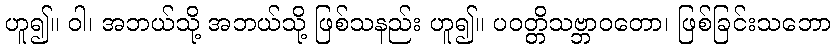
ဟူ၍။ ဝါ၊ အဘယ်သို့ အဘယ်သို့ ဖြစ်သနည်း ဟူ၍။ ပဝတ္တိသဗ္ဘာဝတော၊ ဖြစ်ခြင်းသဘော